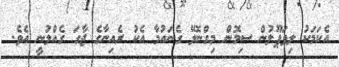
އެކަމަކު ލިވަޕޫލުން ސިމޮން މިގްނޮލޭ ގެނައުމާ އެކު ރެއިނާގެ ޖާގަ ގެއްލުނީ އެވެ.